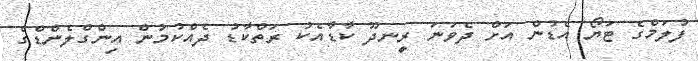
ފުލަމްގެ ޓަޔޯ އެޑުން އަށް ދެވަނަ ރީނދޫ ކާޑާއެކު ރަތްކާޑު ދެއްކުމުން އިންގްލެންޑްގެ